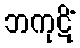
ဘကုဋိံ